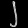
Digit: ၂